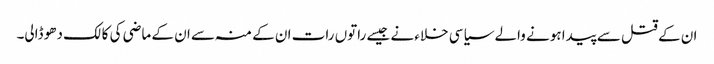
ان کے قتل سے پیدا ہونے والے سیاسی خلاء نے جیسے راتوں رات ان کے منہ سے ان کے ماضی کی کالک دھو ڈالی۔